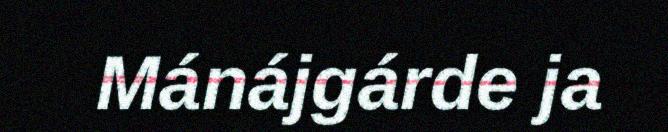
Mánájgárde ja